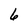
Character: 6